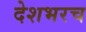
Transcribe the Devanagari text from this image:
देशभरच